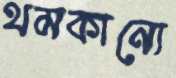
থমকানো